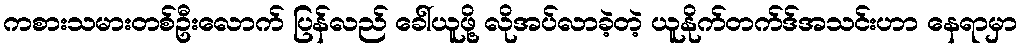
ကစားသမားတစ်ဦးလောက် ပြန်လည် ခေါ်ယူဖို့ လိုအပ်လာခဲ့တဲ့ ယူနိုက်တက်ဒ်အသင်းဟာ နေရာမှာ